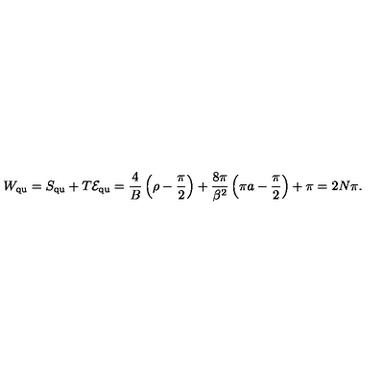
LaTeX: W _ { \mathrm { q u } } = S _ { \mathrm { q u } } + T { \cal E } _ { \mathrm { q u } } = \frac { 4 } { B } \left( \rho - \frac { \pi } { 2 } \right) + \frac { 8 \pi } { \beta ^ { 2 } } \left( \pi a - \frac { \pi } { 2 } \right) + \pi = 2 N \pi .